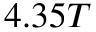
4 . 3 5 T